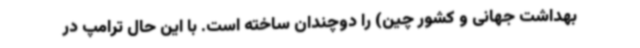
بهداشت جهانی و کشور چین) را دوچندان ساخته است. با این‌ حال ترامپ در